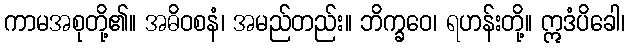
ကာမအစုတို့၏။ အဓိဝစနံ၊ အမည်တည်း။ ဘိက္ခဝေ၊ ရဟန်းတို့။ ဣဒံပိခေါ၊